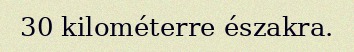
30 kilométerre északra.